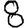
Digit: 8